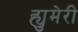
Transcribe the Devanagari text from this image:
ह्युमेरी